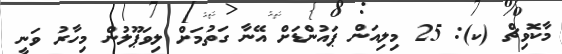
މާކޮވިޗް (ކ): 25 މިލިއަން ޕައުންޑަށް އޭނާ ގަތުމަށް ލިވަޕޫލުން މިހާރު ވަނީ